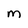
Character: M